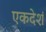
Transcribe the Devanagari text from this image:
एकदेशं